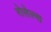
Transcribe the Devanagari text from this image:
रोसेल्स